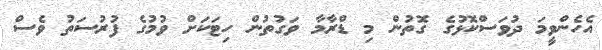
އެހެންވީމަ ދުވަސްކޮޅުގެ ގޮތުން މި ޑްރާމާ ވަގުތުން ހިޓަކަށް ވުމުގެ ފުރުސަތު ވެސް